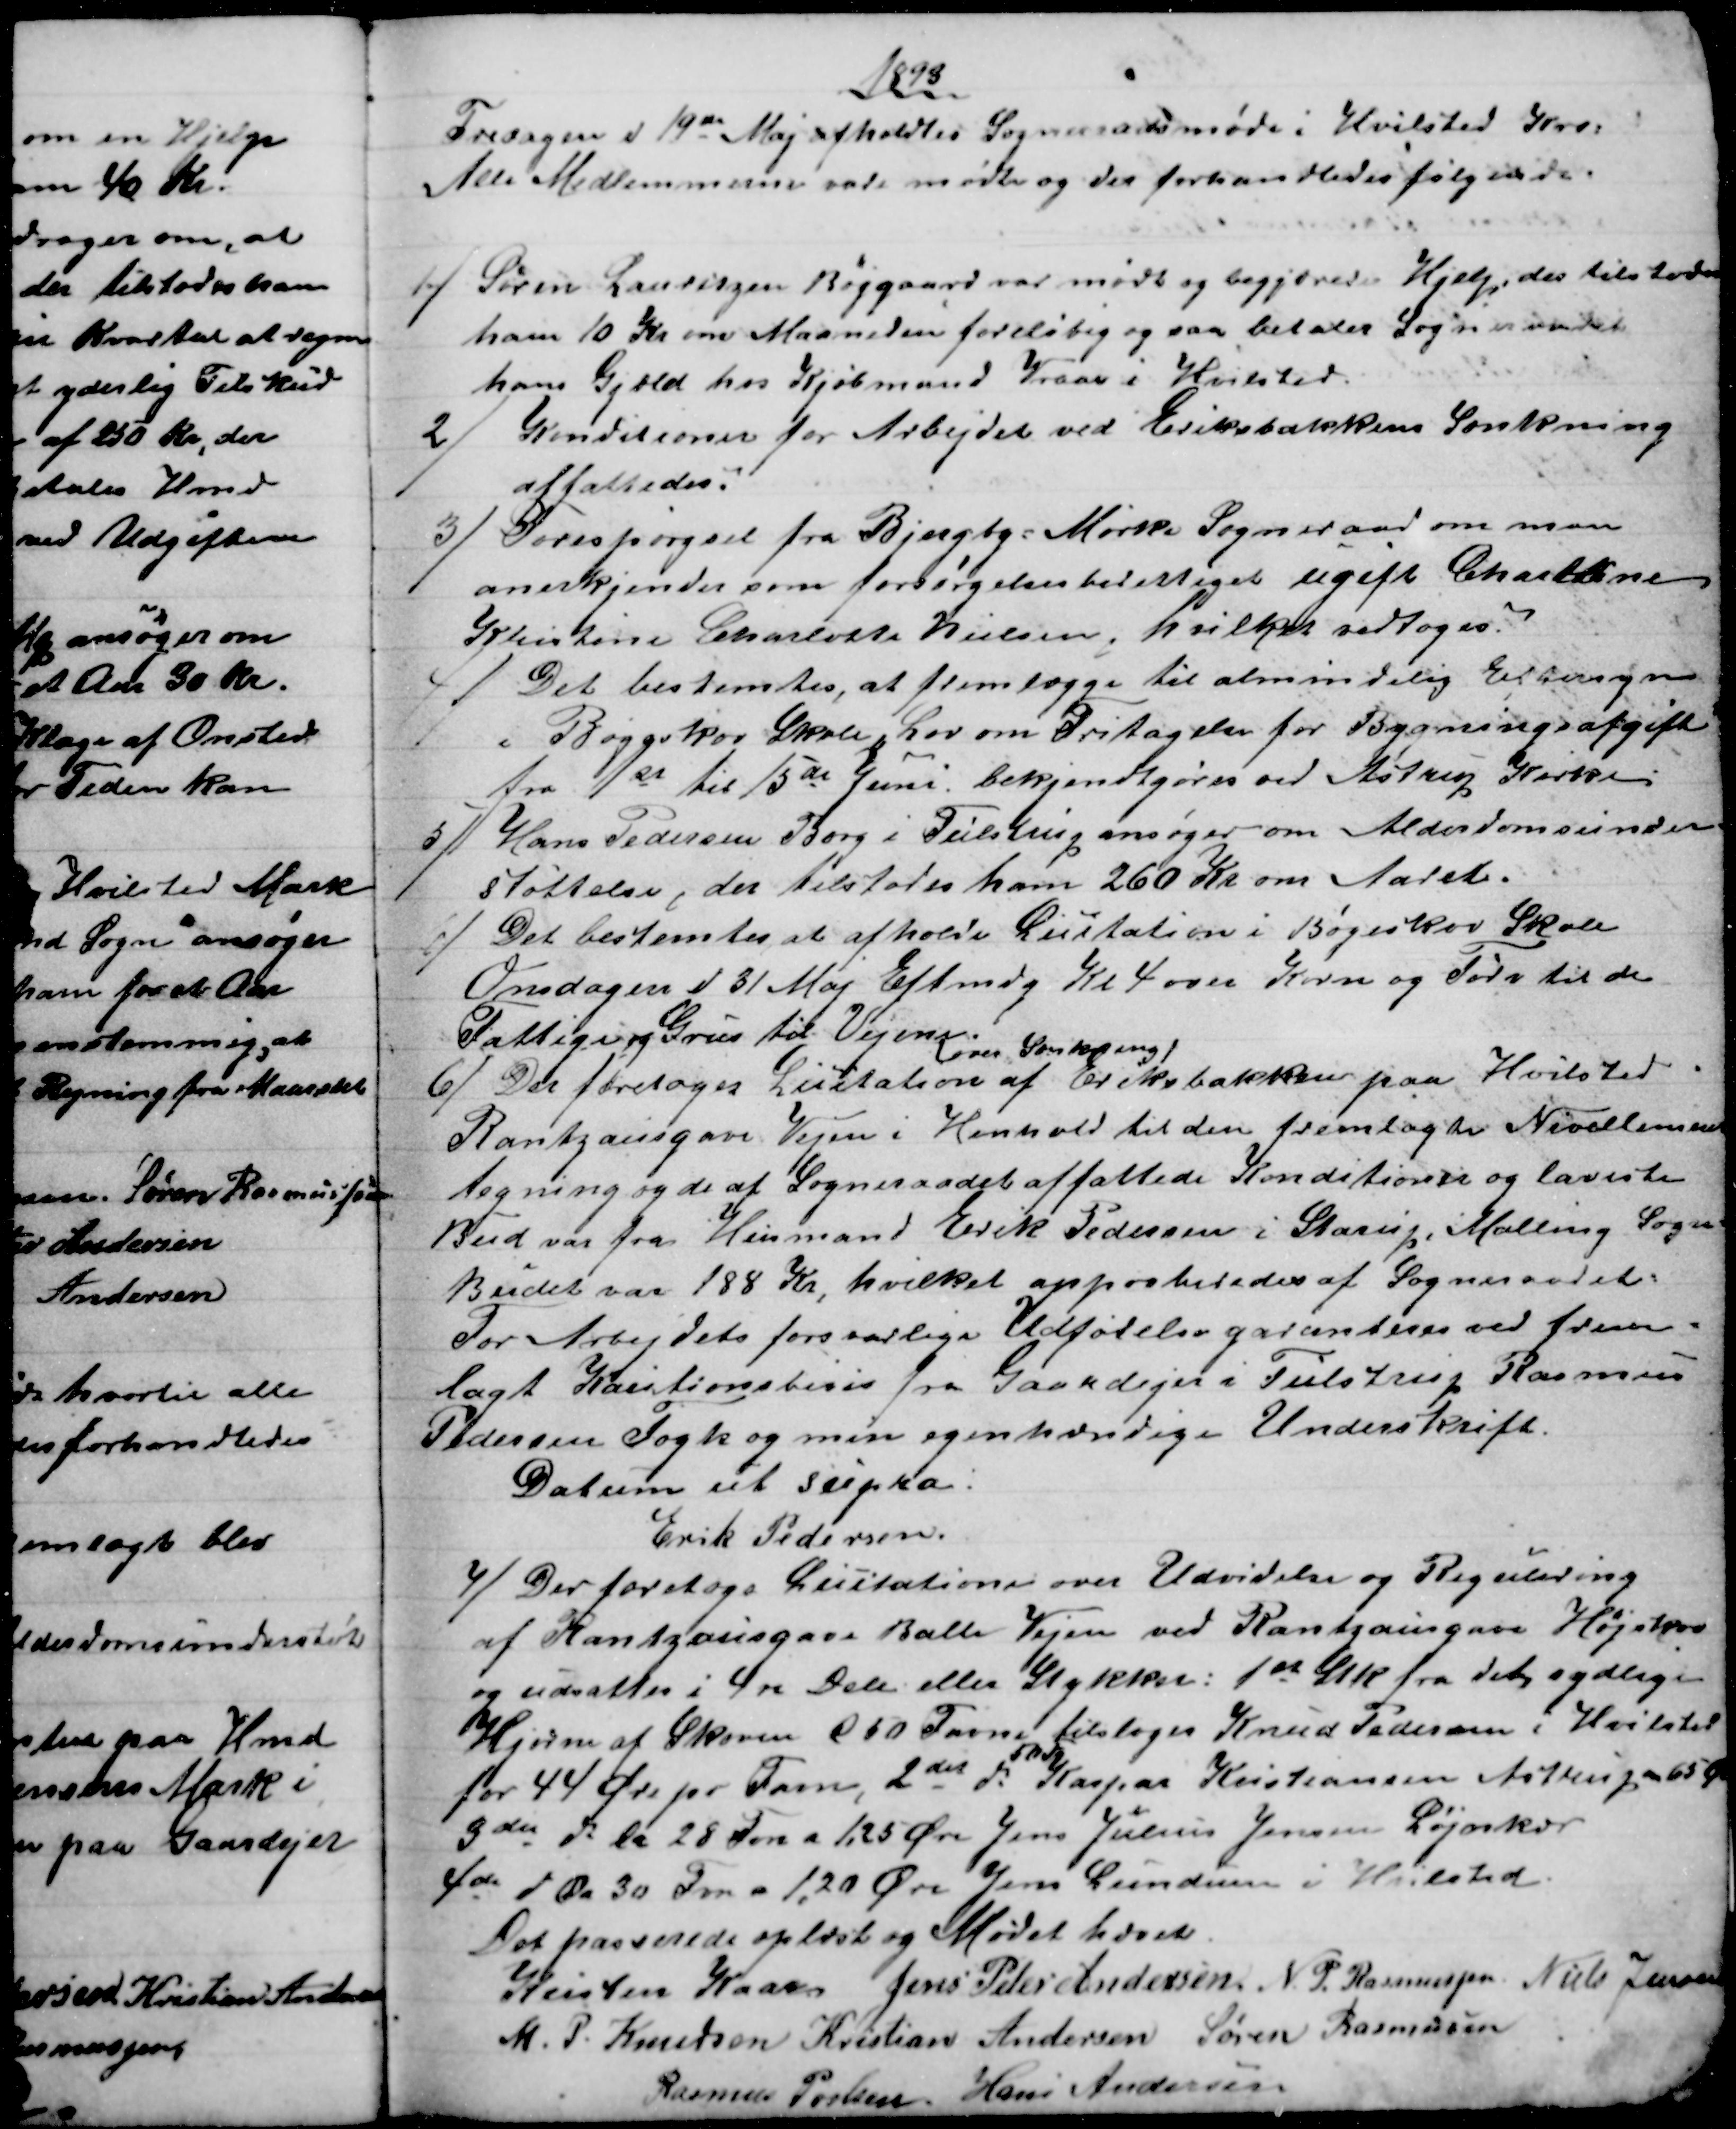
Transskription:
1893
Fredagen d 19de Maj afholdtes Sogneraadsmøde i Hvilsted Kro.
Alle Medlemmerne vare mødte og der forhandledes følgende.
1) Søren Lauritzen Røjgaard var mødt og begjærede Hjelp, der tilstodes
ham 10 Kr om Maaneden foreløbig og saa betaler Sogneraadet
hans Gjæld hos Kjøbmand Vraae i Hvilsted.
2)
Konditioner for Arbejdet ved Eriksbakkens Sænkning
affattedes.
3) Forespørgsel fra Bjergby-Mørke Sogneraad om man
anerkjender som forsørgelsesberettiget ugift Charlline
Kristine Charlotte Nielsen, hvilket vedtoges.
4) Det bestemtes, at fremlægge til almindelig Eftersyn
i Bøgeskov Skole, Lov om Fritagelse for Bygningsafgift
fra 1st til 15de Juni. bekjendtgøres ved Astrup Kirke
5) Hans Pedersen Borg i Tulstrup ansøger om Alderdomsunder
støttelse, der tilstodes ham 260 Kr om Aaret.
6) Det bestemtes at afholde Licitation i Bøgeskov Skole
Onsdagen d 31 Maj Eftmdg Kl 4 over Korn og Tørv til de
Fattige og Grus til Vejene
6) Der foretoges Licitation 
over Sænkning
af Eriksbakken paa Hvilsted
Rantzausgave Vejen i Henhold til den fremlagte Nivellement
tegning og de af Sogneraadet affattede Konditioner og laveste
Bud var fra Husmand Erik Pedersen i Starup, Malling Sogn
Budet var 188 Kr, hvilket approberedes af Sogneraadet.
For Arbejdets forsvarlige Udførelse garanteres ved frem-
lagt Kautionsbevis fra Gaardejer i Tulstrup Rasmus
Pedersen Fogh og min egenhændige Underskrift.
Datum ut supra.
Erik Pedersen.
4) Der foretogs Licitationer over Udvidelse og Regulering
af Rantzausgave Balle Vejen ved Rantzausgave Højskov
og udsattes i 4re Dele eller Stykker: 1st Stk fra det sydlige
Hjørne af Skoven C 50 Favne tilsloges Knud Pedersen i Hvilsted
for 44 Øre pr Favn, 2det do 
50 Fv
Kaspar Kristiansen Astrup a 65 Ør
3die do la 28 Fvn a 1,25 Øre Jens Julius Jensen Løjnkjær
4de do Da 30 Fvn a 1,20 Øre Jens Lundum i Hvilsted
Det passerede oplæst og Mødet hævet.
Kristen Kaae Jens Peter Andersen N. P. Rasmussen. Niels Jensen
M. P. Knudsen Kristian Andersen Søren Rasmussen
Rasmus Povlsen. Hans Andersen